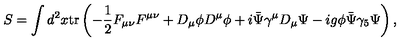
S = \int d ^ { 2 } x \mathrm { t r } \left( - \frac { 1 } { 2 } F _ { \mu \nu } F ^ { \mu \nu } + D _ { \mu } \phi D ^ { \mu } \phi + i \bar { \Psi } \gamma ^ { \mu } D _ { \mu } \Psi - i g \phi \bar { \Psi } \gamma _ { 5 } \Psi \right) ,